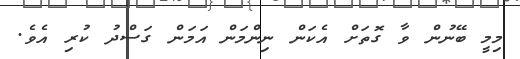
މިމީ ބޭނުން ވާ ގޮތަށް އެކަން ނިންމަން އަމަން ގަސްދު ކުރި އެވެ.